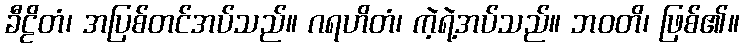
ခီဠိတံ၊ အပြစ်တင်အပ်သည်။ ဂရဟိတံ၊ ကဲ့ရဲ့အပ်သည်။ ဘဝတိ၊ ဖြစ်၏။